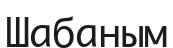
Шабаным